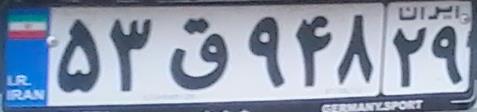
۵۳ق۹۴۸۲۹